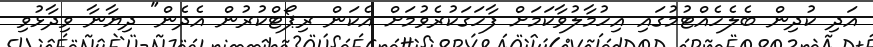
އަދި ކުދިން ބެލެހެއްޓުމުގައި އިހުމާލުވާކަމަށް ފާހަގަކުރެވުމަށް އެކަން ރިޕޯޓްކުރުން އެދެން" ދިޔާނާ ވިދާޅުވި